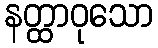
နတ္ထာဝုသော